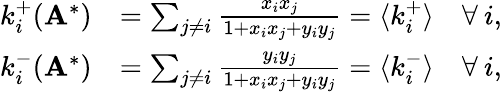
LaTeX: \begin{array}{rl}{k_{i}^{+}(\mathbf{A}^{*})}&{=\sum_{j\neq i}\frac{x_{i}x_{j}}{1+x_{i}x_{j}+y_{i}y_{j}}=\langle k_{i}^{+}\rangle\quad\forall\: i,}\\ {k_{i}^{-}(\mathbf{A}^{*})}&{=\sum_{j\neq i}\frac{y_{i}y_{j}}{1+x_{i}x_{j}+y_{i}y_{j}}=\langle k_{i}^{-}\rangle\quad\forall\: i,}\end{array}